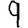
Digit: 9